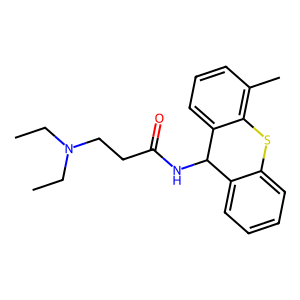
SMILES: CCN(CC)CCC(=O)NC1c2ccccc2Sc2c(C)cccc21
Inhibits HIV replication: No